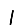
Digit: 1